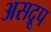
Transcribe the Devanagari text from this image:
असद्रूप